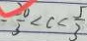
- \frac { 2 0 } { 3 } < c < \frac { 5 } { 3 }